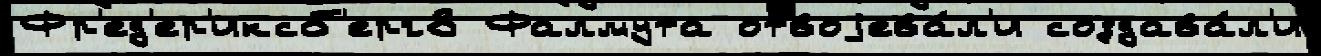
Фр'ед'ер'иксб'ерг8 Фалмута отвоjева́л'и создава́л'и